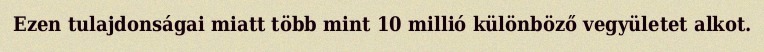
Ezen tulajdonságai miatt több mint 10 millió különböző vegyületet alkot.